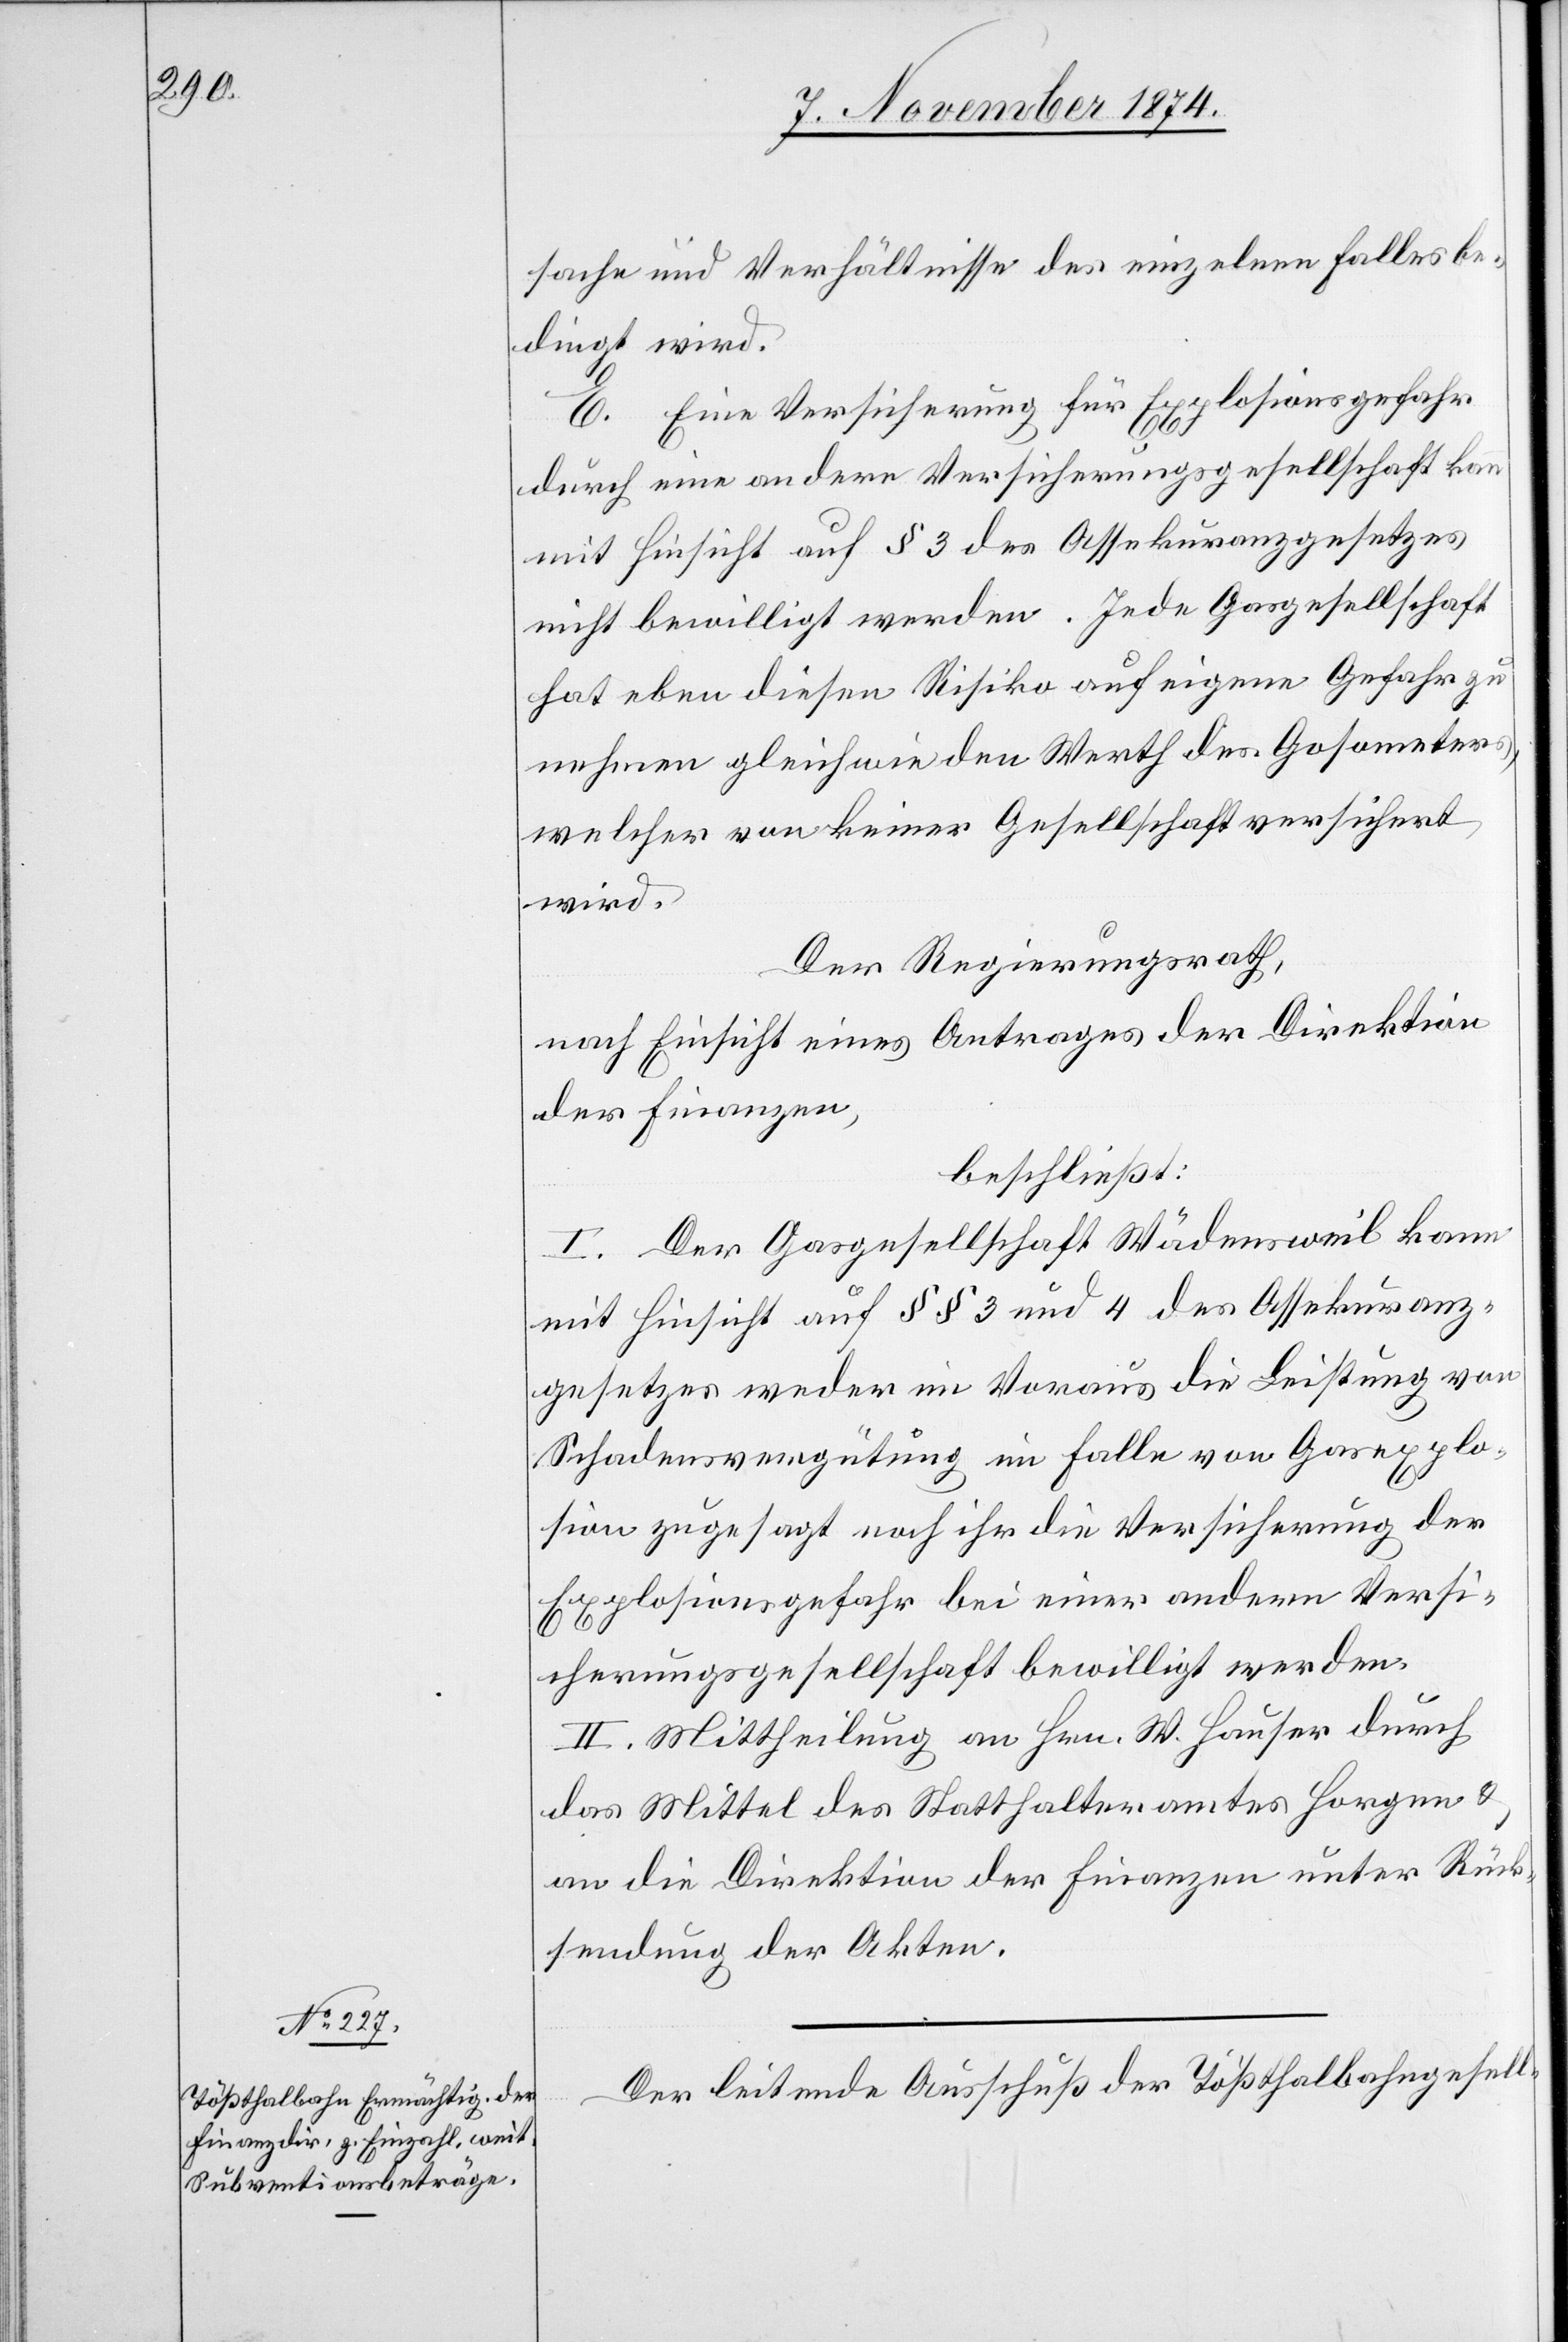
sache und Verhältnisse des einzelnen Falls be¬
dingt wird.
E. Eine Versicherung für Explosionsgefahr
durch eine andere Versicherungsgesellschaft kann
mit Hinsicht auf § 3 des Assekuranzgesetzes
nicht bewilligt werden. Jede Gasgesellschaft
hat eben diesen Risiko auf eigene Gefahr zu
nehmen gleichwie den Werth des Gasometers,
welcher von keiner Gesellschaft versichert
wird.
Der Regierungsrath,
nach Einsicht eines Antrages der Direktion
der Finanzen,
beschließt:
I. Der Gasgesellschaft Wädensweil kann
mit Hinsicht auf §§ 3 und 4 des Assekuranz¬
gesetzes weder im Voraus die Leistung von
Schadensvergütung im Falle von Gasexplo¬
sion zugesagt noch ihr die Versicherung der
Explosionsgefahr bei einer andern Versi¬
cherungsgesellschaft bewilligt werden.
II. Mittheilung an Hrn. W. Hauser durch
das Mittel des Statthalteramtes Horgen &
an die Direktion der Finanzen unter Rück¬
sendung der Akten.
Der leitende Ausschuß der Tößthalbahngesell-